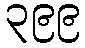
၃၉၉